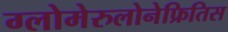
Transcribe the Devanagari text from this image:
ग्लोमेरुलोनेफ्रितिस